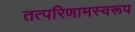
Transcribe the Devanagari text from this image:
तत्परिणामस्वरूप